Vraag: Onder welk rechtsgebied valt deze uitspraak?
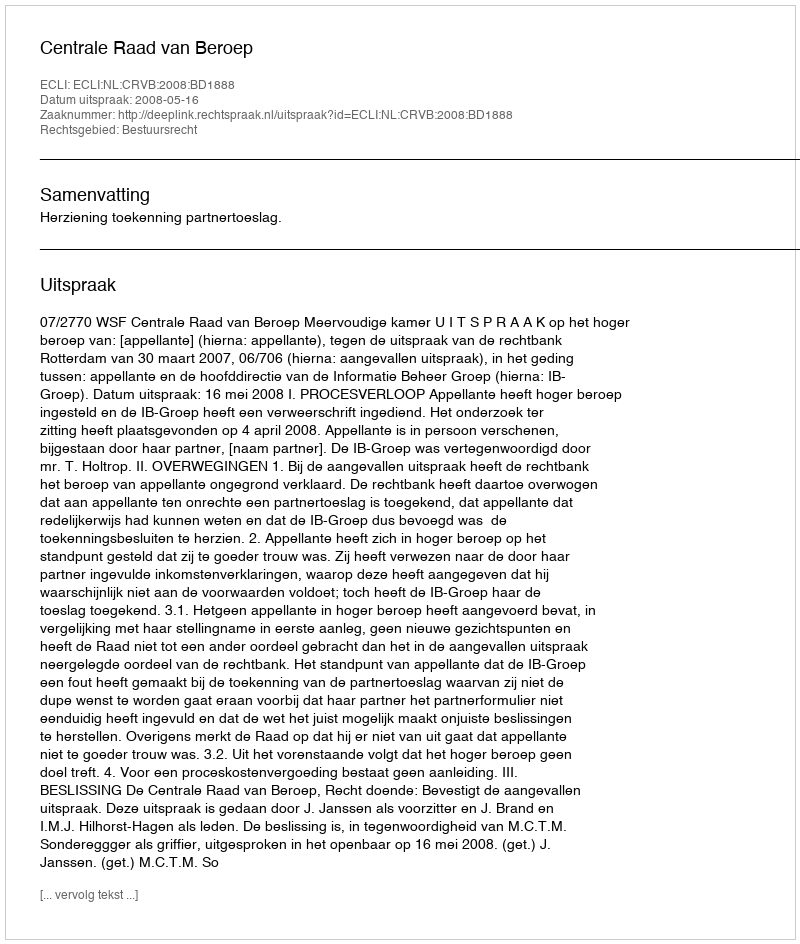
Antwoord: Bestuursrecht